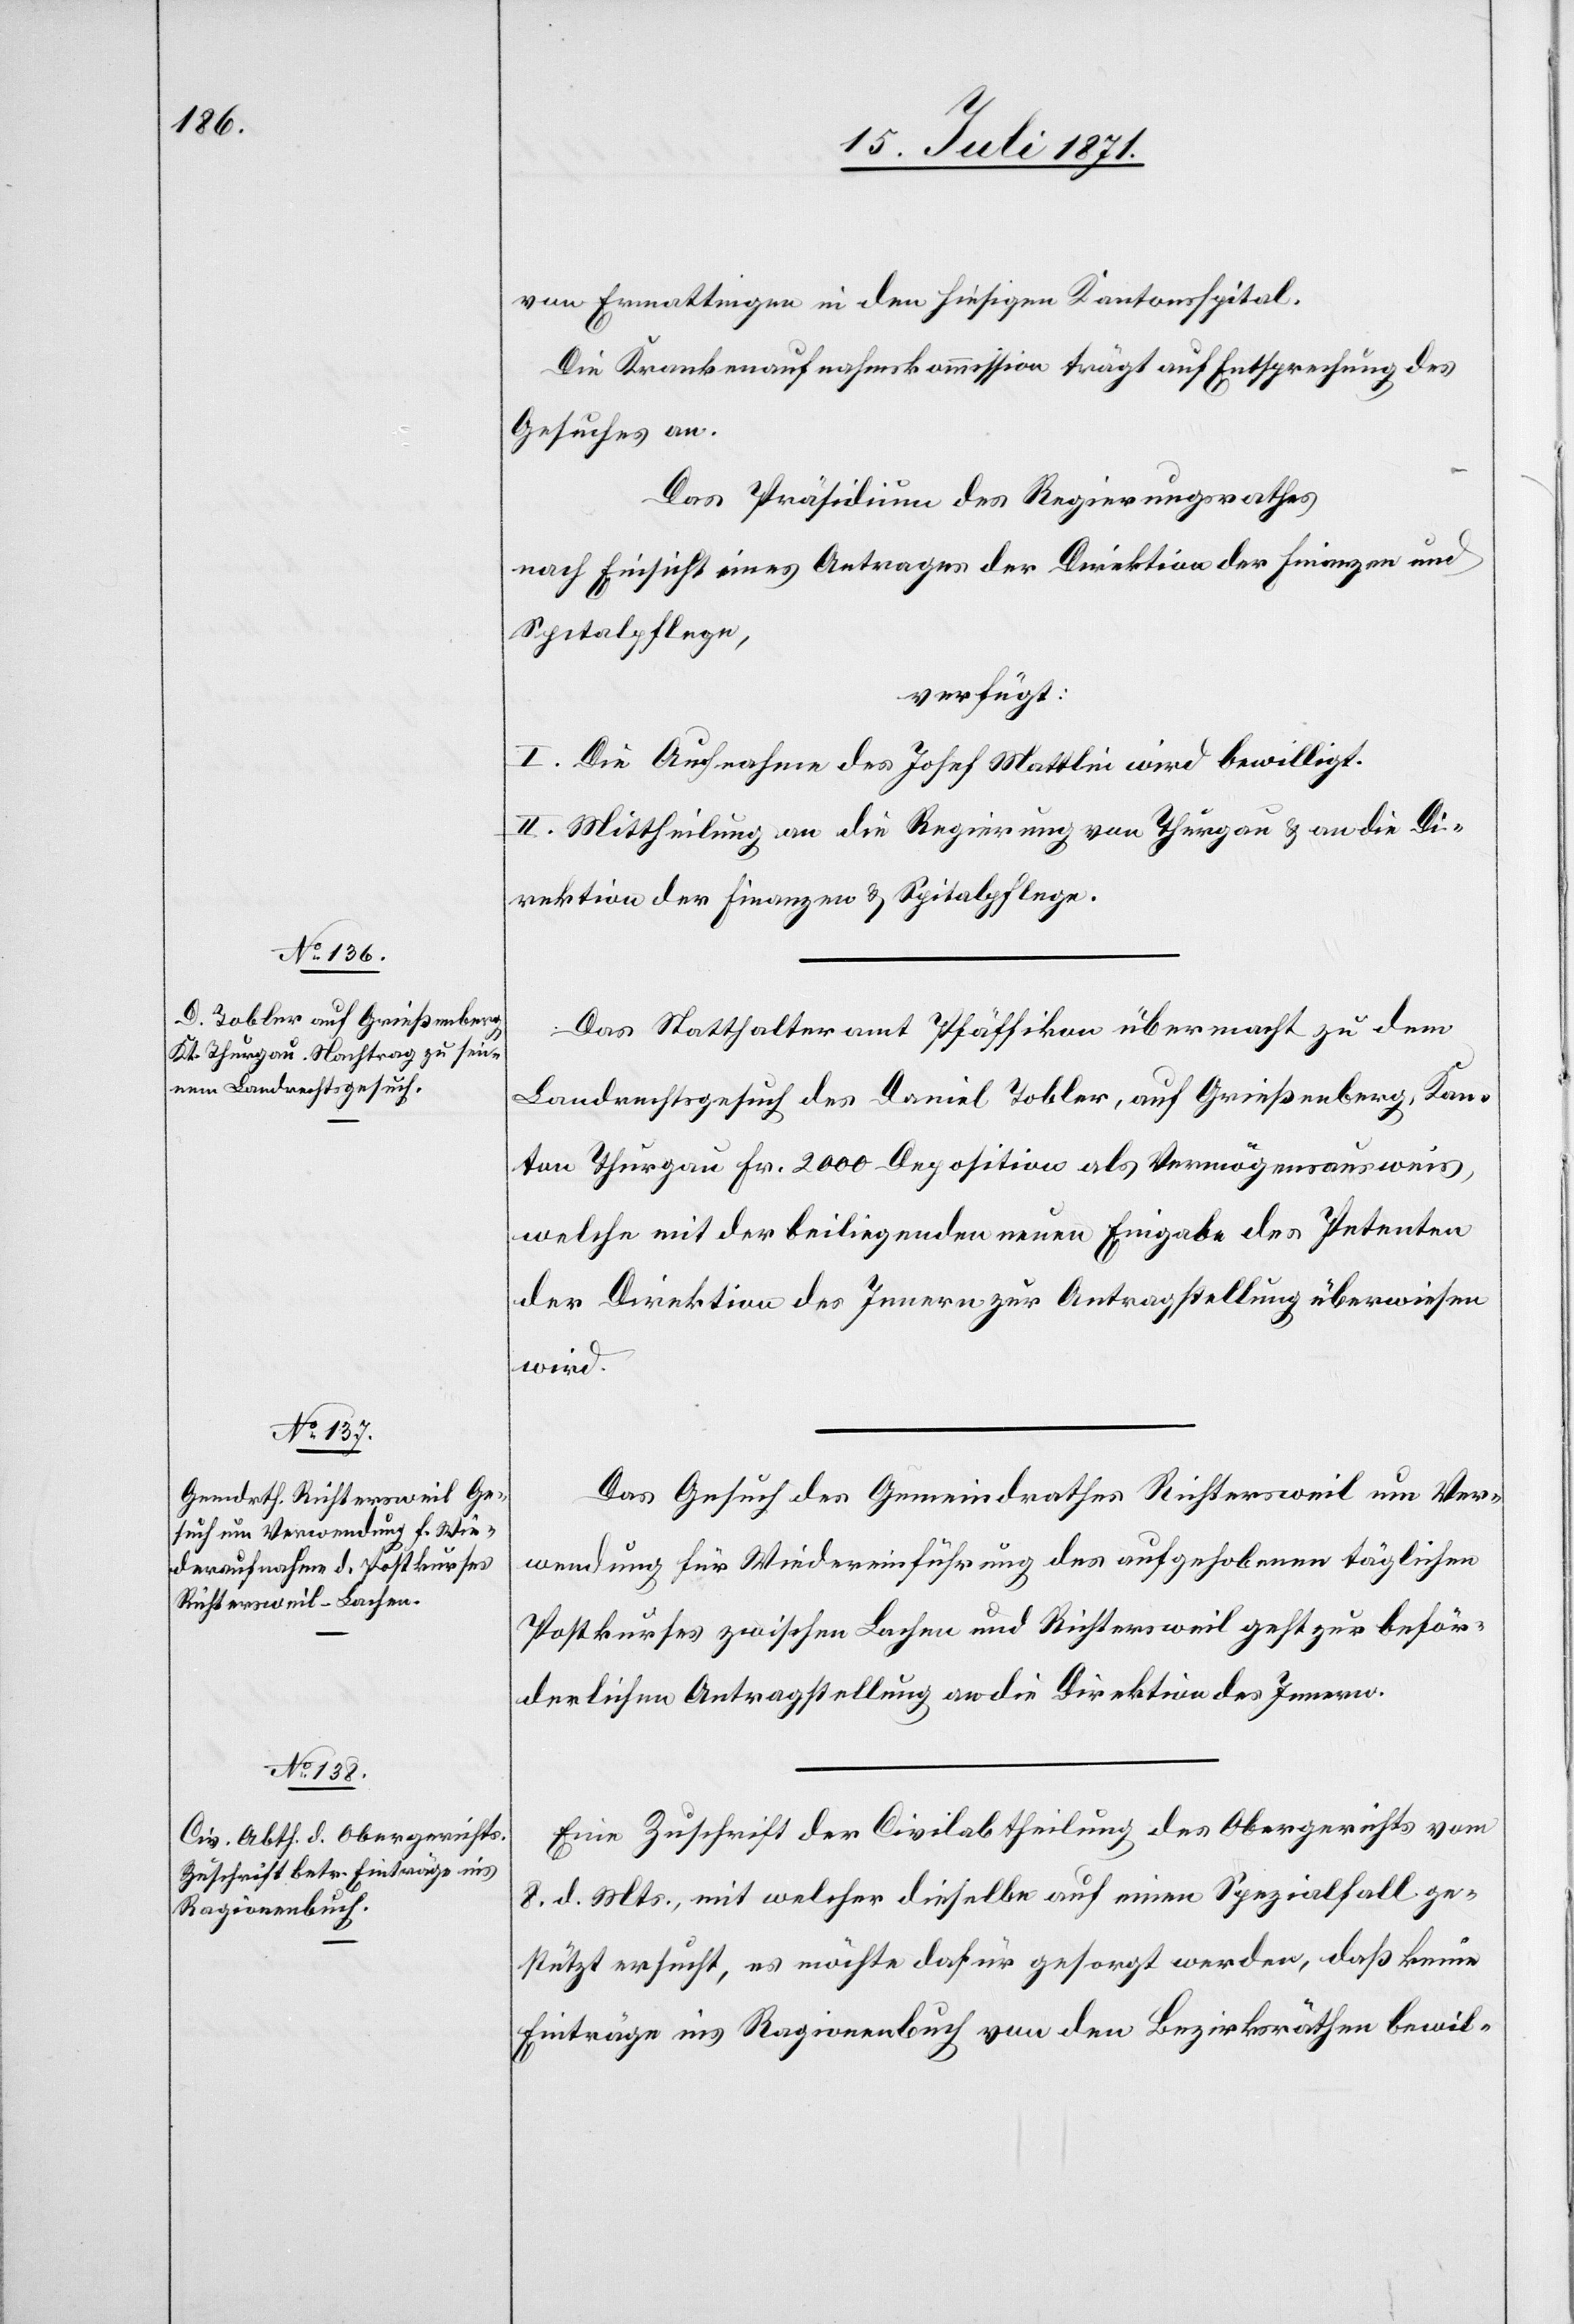
15. Juli 1871.]
von Ermattingen in den hiesigen Kantonsspital.
Die Krankenaufnahmskommission trägt auf Entsprechung des
Gesuches an.
Das Präsidium des Regierungsrathes
nach Einsicht eines Antrages der Direktion der Finanzen und
Spitalpflege,
verfügt:
I. Die Aufnahme des Josef Mattlin wird bewilligt.
II. Mittheilung an die Regierung von Thurgau u. an die Di¬
rektion der Finanzen u. Spitalpflege.
Das Statthalteramt Pfäffikon übermacht zu dem
Landrechtsgesuch des Daniel Tobler, auf Grießenberg, Kan¬
ton Thurgau Fr. 2000 Deposition als Vermögensausweis,
welche mit der beiliegenden neuen Eingabe des Petenten
der Direktion des Innern zur Antragstellung überwiesen
wird.
Das Gesuch des Gemeindrathes Richtersweil um Ver¬
wendung für Wiedereinführung des aufgehobenen täglichen
Postkurses zwischen Lachen und Richtersweil geht zur beför¬
derlichen Antragstellung an die Direktion des Innern.
Eine Zuschrift der Civilabtheilung des Obergerichts vom
8. d. Mts., mit welcher dieselbe auf einen Spezialfall ge¬
stützt ersucht, es möchte dafür gesorgt werden, daß keine
Einträge ins Ragionenbuch von den Bezirksräthen bewil-